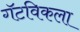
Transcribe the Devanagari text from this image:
गॅटविकला